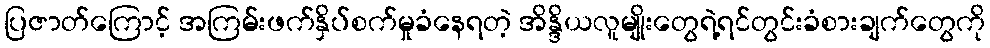
ပြဇာတ်ကြောင့် အကြမ်းဖက်နှိပ်စက်မှုခံနေရတဲ့ အိန္ဒိယလူမျိုးတွေရဲ့ရင်တွင်းခံစားချက်တွေကို